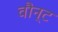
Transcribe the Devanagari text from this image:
वौन्ट